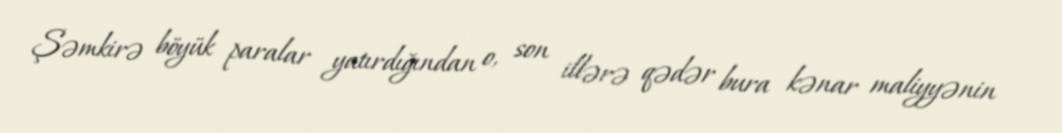
Şəmkirə böyük paralar yatırdığından o, son illərə qədər bura kənar maliyyənin